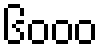
၆၀၀၀